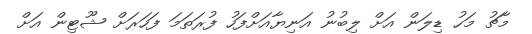
މާޗު މަހު ޑިލަން އަށް ލިބުނު އަނިޔާއަށްފަހު ފުރަތަމަ ފަހަރަށް ޝޫޓިން އަށް